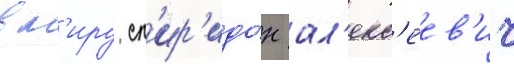
в м'иру сп'ир'идо́н ал'екс'еев'ич